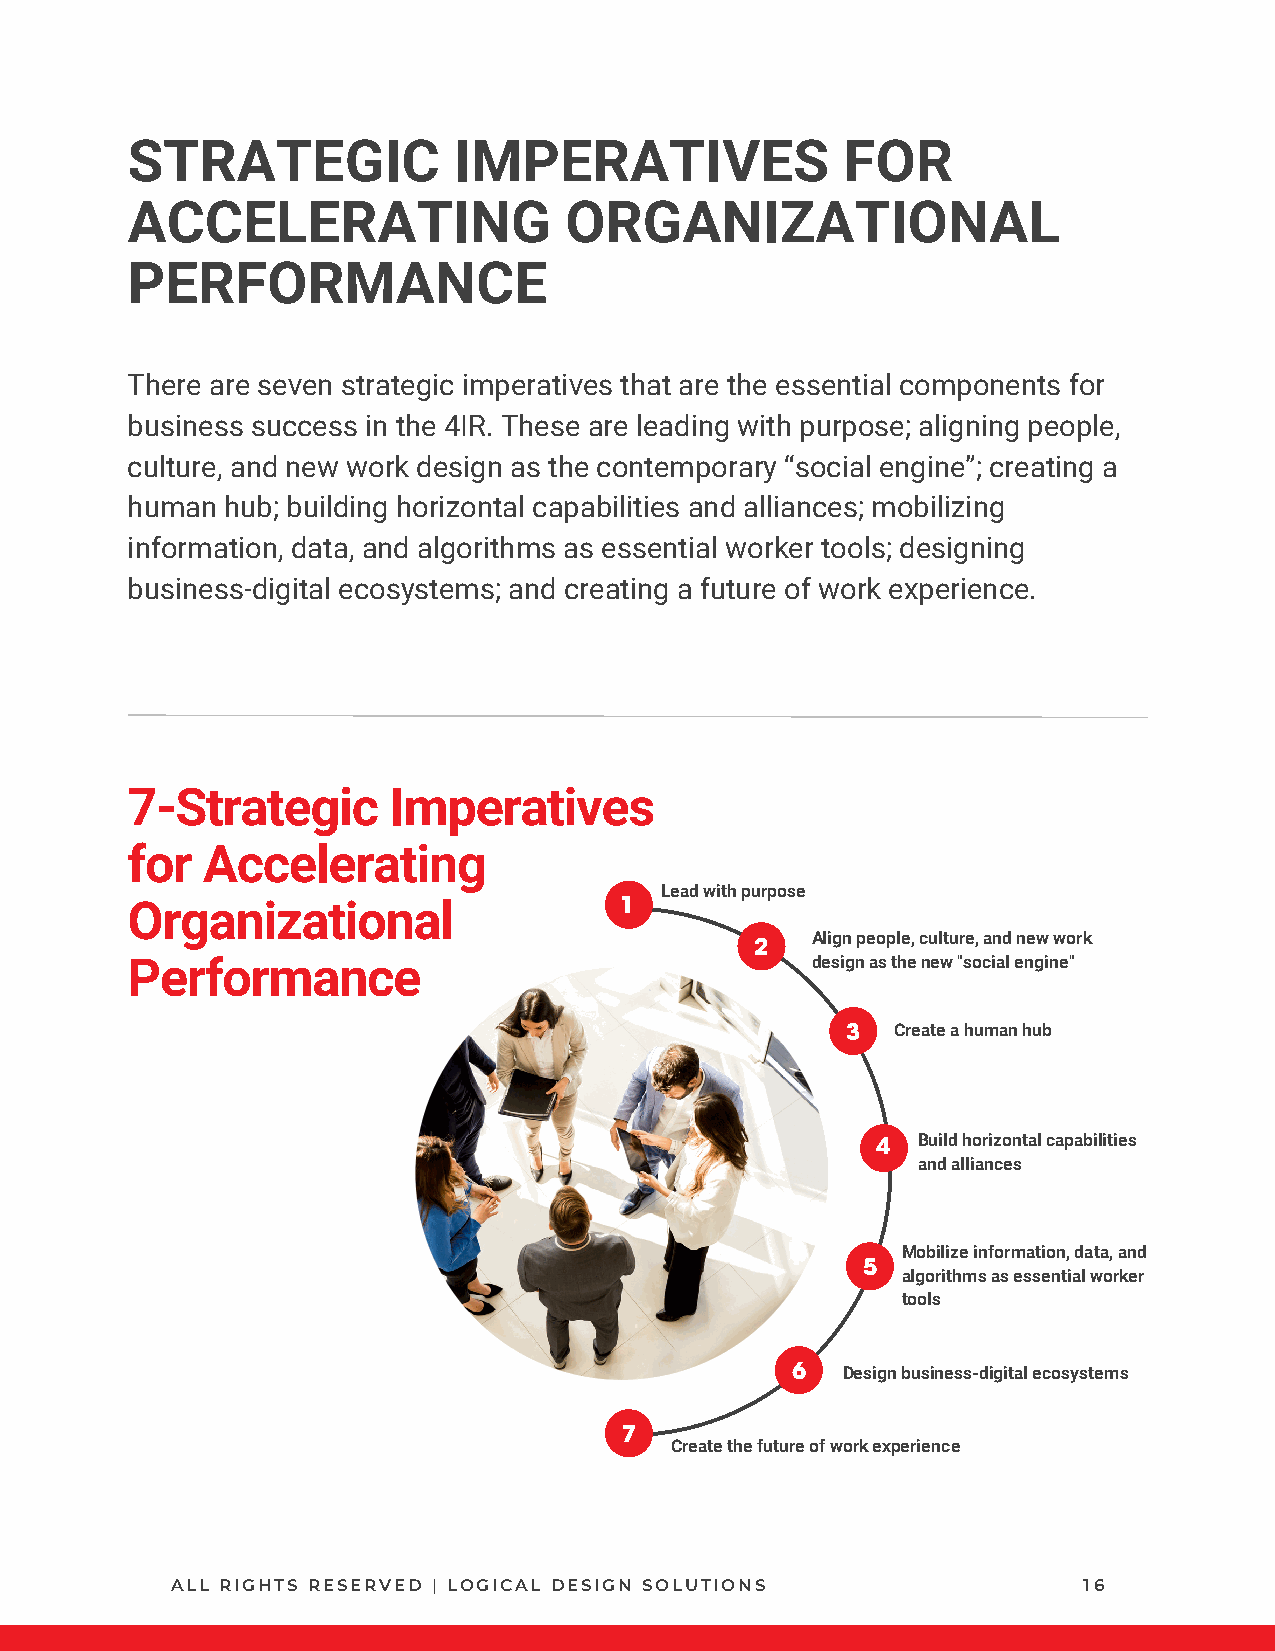
STRATEGIC             IMPERATIVES               FOR
 ACCELERATING                 ORGANIZATIONAL
 PERFORMANCE
 There are seven strategic imperatives that are the essential components for
 business success in the 4IR. These are leading with purpose; aligning people,
 culture, and new work design as the contemporary “social engine”; creating a
 human  hub; building horizontal capabilities and alliances; mobilizing
 information, data, and algorithms as essential worker tools; designing
 business-digital ecosystems; and creating a future of work experience.
 7-Strategic       Imperatives
 for  Accelerating
 Lead with purpose
 Organizational                   1
 Align people, culture, and new work
 2
 Performance                                   design as the new "social engine"
 3  Create a human hub
 4  Build horizontal capabilities
 and alliances
 Mobilize information, data, and
 5
 algorithms as essential worker
 tools
 6   Design business-digital ecosystems
 7
 Create the future of work experience
 ALL RIGHTS RESERVED | LOGICAL DESIGN SOLUTIONS               16